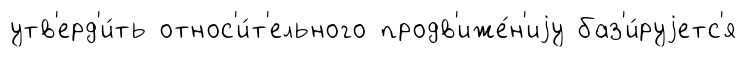
утв'ерд'и́ть относ'и́т'ельного продв'иже́н'иjу баз'и́руjетс'я